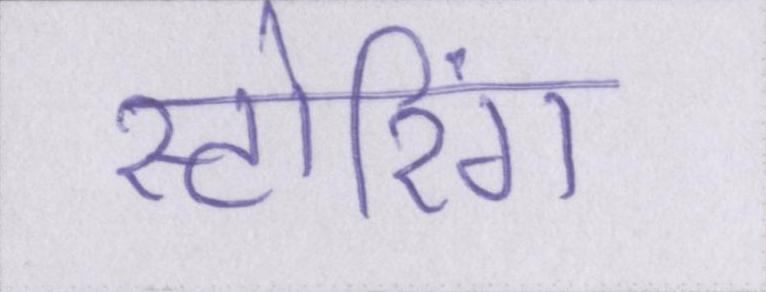
स्टोरिंग